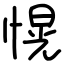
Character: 愰